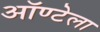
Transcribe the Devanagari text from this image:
ऑण्टेला